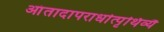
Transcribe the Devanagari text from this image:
आंतादापरार्धात्पृथिव्यै